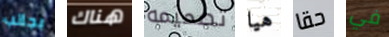
بجانب هناك تصميمه هيا حقا في